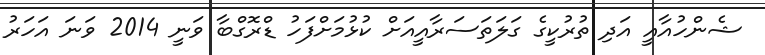
ޝެންހުއާއީ އަދި ތުރުކީގެ ގަލަތަސަރާއީއަށް ކުޅުމަށްފަހު ޑްރޮގްބާ ވަނީ 2014 ވަނަ އަހަރު